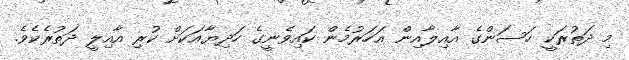
މި ދަތުރަކީ ހަސަންގެ އާއިލާއިން އަހަރުމެން ކައިވެނީގެ ހަދިޔާއަކަށް ކުރި އާއިލީ ދަތުރެކެވެ.